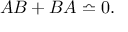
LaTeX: A B + B A \bumpeq 0 .